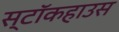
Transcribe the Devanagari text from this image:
स्टॉकहाउस